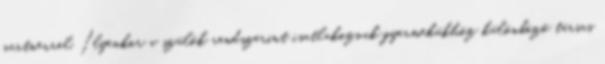
partnerrel. Ilyenkor a szülők rendszerint csatlakoznak gyermekükhöz különböző társas